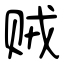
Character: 贼